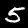
Digit: 5